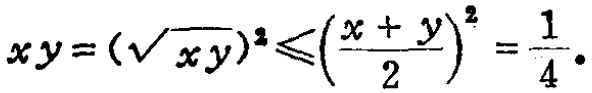
\(xy = (\sqrt{xy})^2\leqslant\left(\frac{x + y}{2}\right)^2=\frac{1}{4}.\)